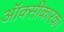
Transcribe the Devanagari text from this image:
ऑक्सीकारक।